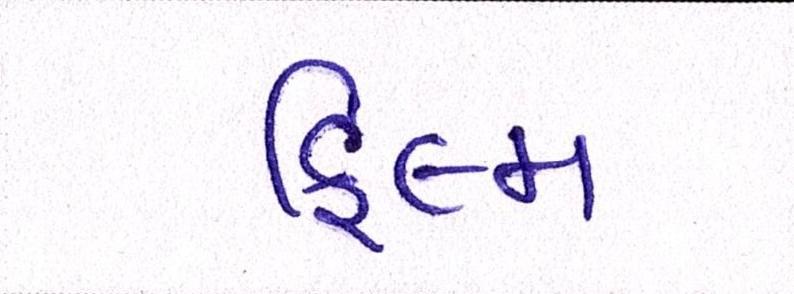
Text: ફિલ્મ